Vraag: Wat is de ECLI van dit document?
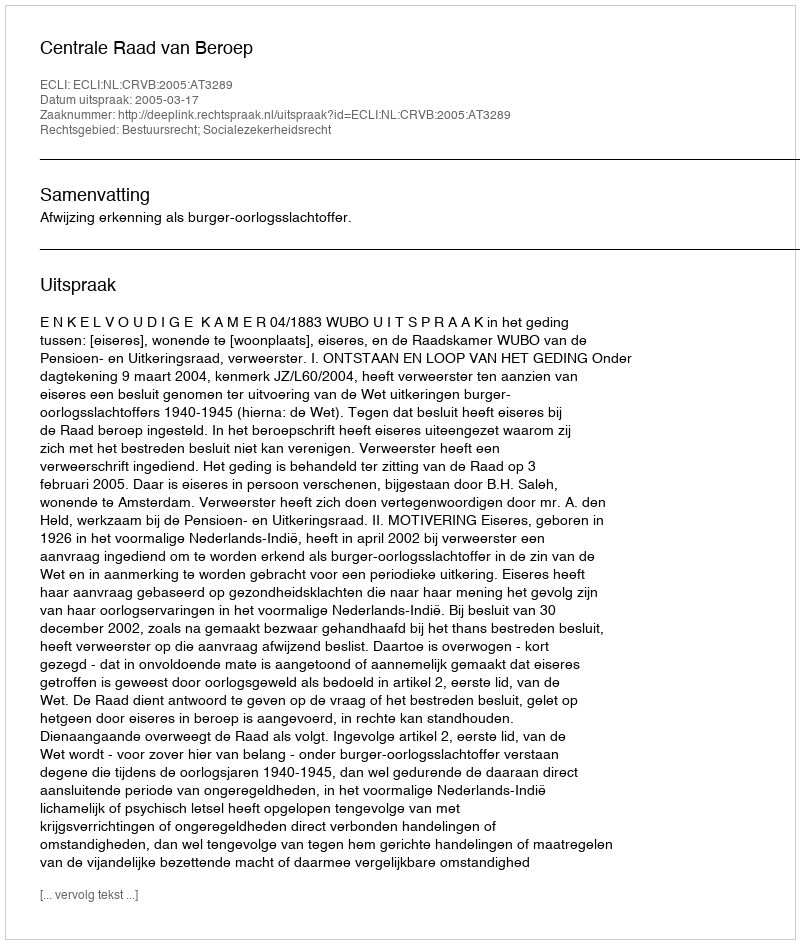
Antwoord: ECLI:NL:CRVB:2005:AT3289